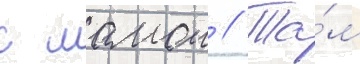
с мамои // Та́м